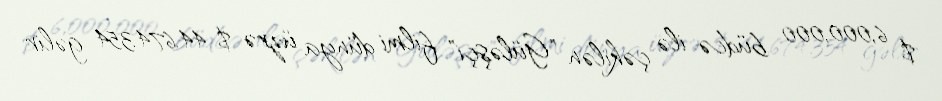
$ 6,000,000 büdcə ilə çəkilən "Güləşçi" filmi dünya üzrə $ 44.674.354 gəlir